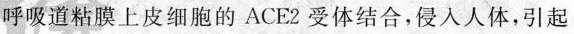
呼吸道粘膜上皮细胞的ACE2受体结合，侵入人体，引起